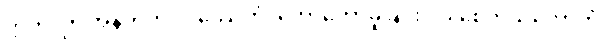
ဣတိ၊ ဤအနက်ကို။ ဒဿေတုံ၊ ဟောတော်မူခြင်းငှာ။ စေတသိကောတိ၊